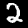
Digit: 2